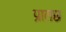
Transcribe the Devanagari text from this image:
प्रातछ